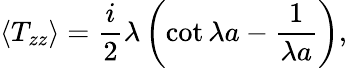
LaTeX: \langle T_{zz}\rangle={\frac{i}{2}}\lambda\left(\cot\lambda a-{\frac{1}{\lambda a}}\right),